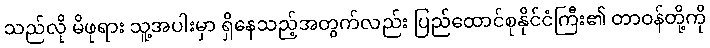
သည်လို မိဖုရား သူ့အပါးမှာ ရှိနေသည့်အတွက်လည်း ပြည်ထောင်စုနိုင်ငံကြီး၏ တာဝန်တို့ကို